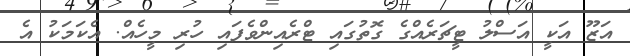
އަޒޫ އަކީ އަސްލު ޓީޗަރެއްގެ ގޮތުގައި ޓްރެއިންވެފައި ހުރި މީހެއް. އެކަމަކު އެ